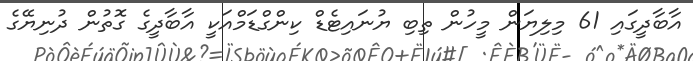
އާބާދީގައި 61 މިލިޔަން މީހުން ތިބި ޔުނައިޓެޑް ކިންގްޑަމްއަކީ އާބާދީގެ ގޮތުން ދުނިޔޭގެ